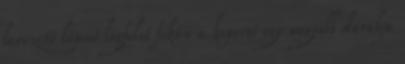
levezető lépcső legfelső fokán a koporsó egy nagyobb darabja